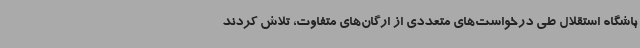
باشگاه استقلال طی درخواست‌های متعددی از ارگان‌های متفاوت، تلاش کردند